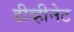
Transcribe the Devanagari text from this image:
डीव्हीनेट